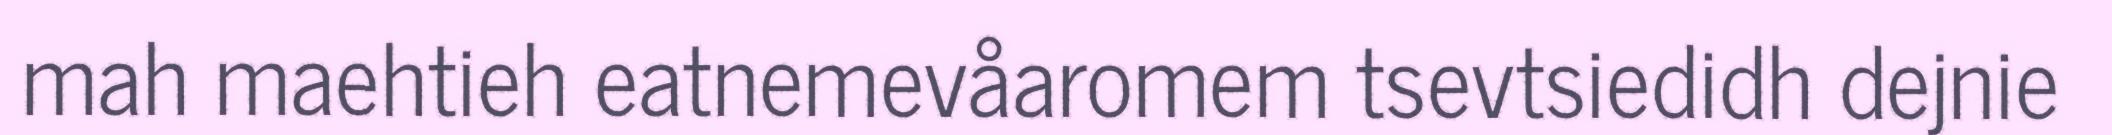
mah maehtieh eatnemevåaromem tsevtsiedidh dejnie